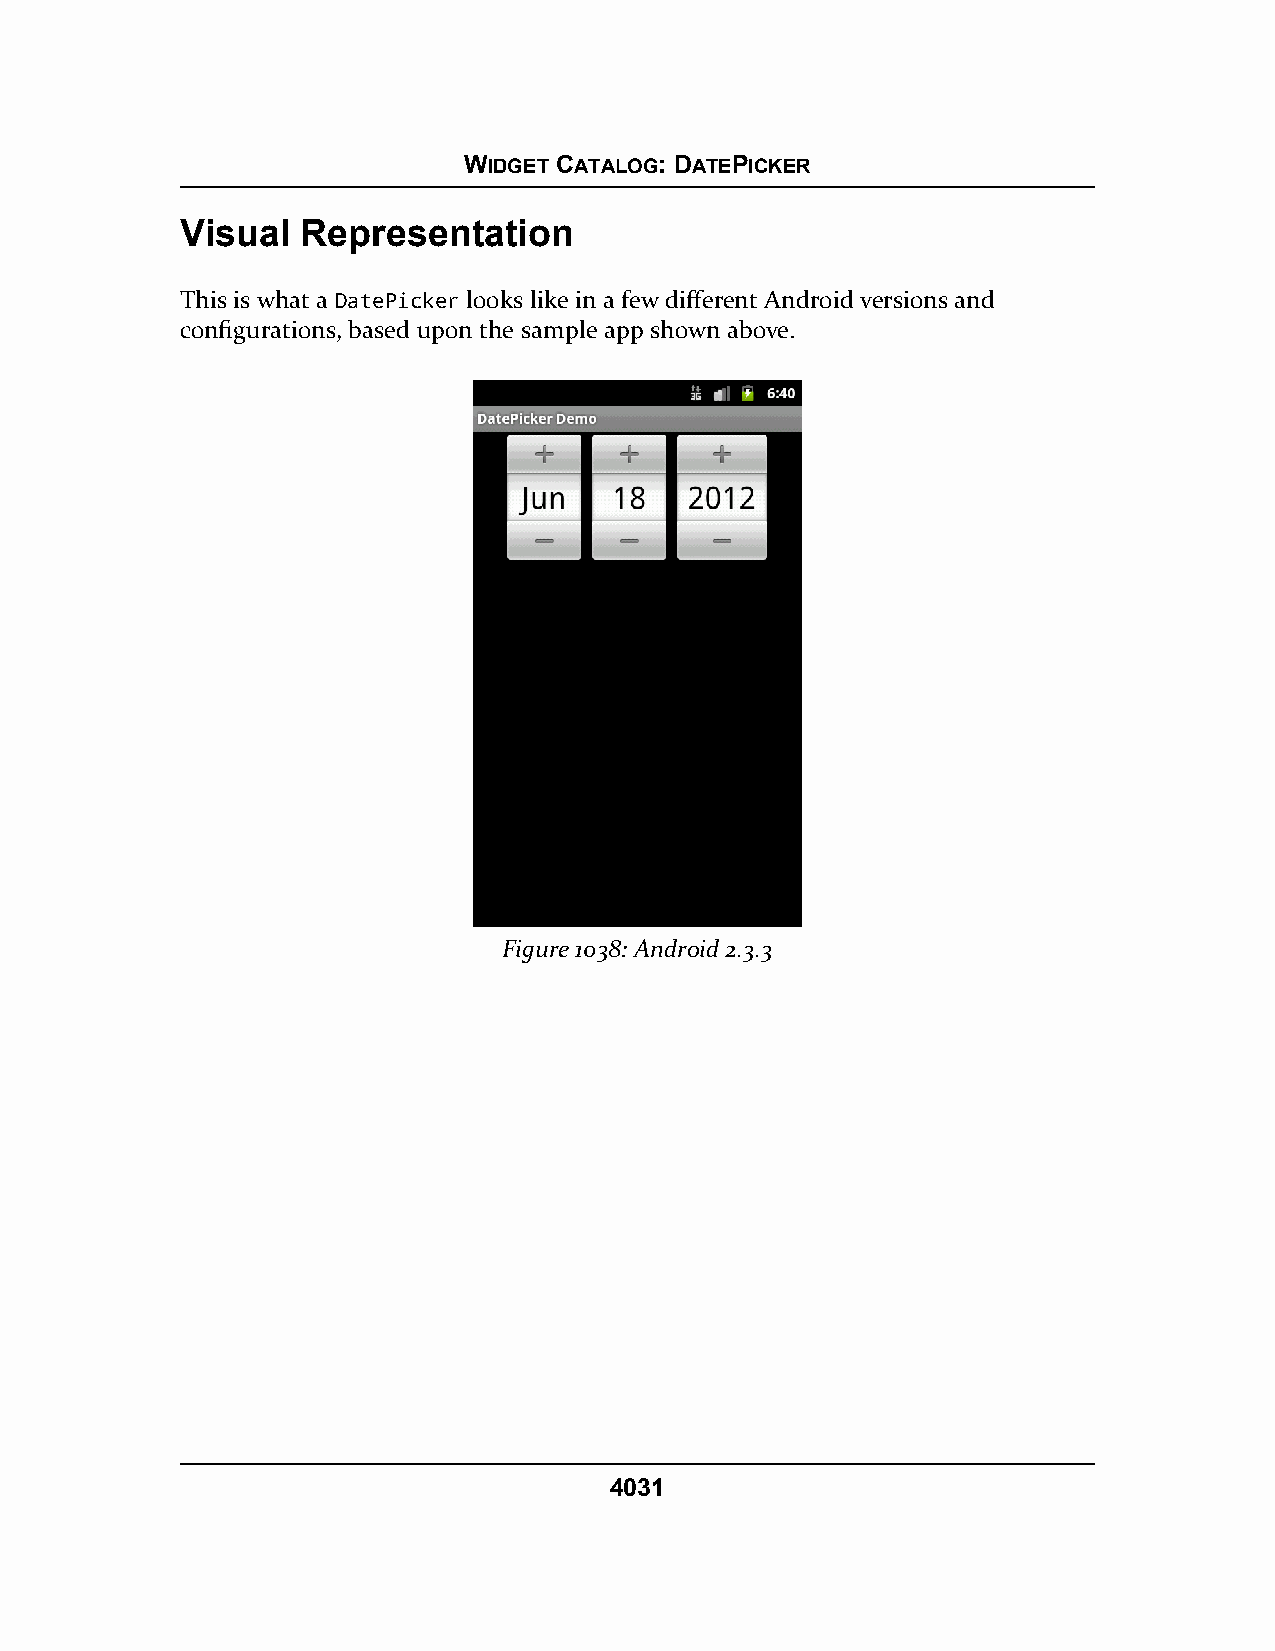
WIDGET CATALOG: DATEPICKER
 Visual  Representation
 This is what a DatePicker looks like in a few different Android versions and
 configurations, based upon the sample app shown above.
 Figure 1038: Android 2.3.3
 4031